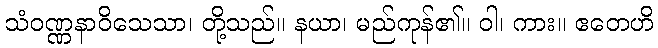
သံဝဏ္ဏနာဝိသေသာ၊ တို့သည်။ နယာ၊ မည်ကုန်၏။ ဝါ၊ ကား။ ဧတေဟိ